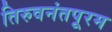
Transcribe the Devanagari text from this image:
तिरुवनंतपूरम